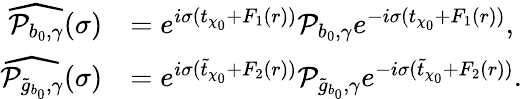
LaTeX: \begin{array}{rl}{\widehat{\mathcal{P}_{b_{0},\gamma}}(\sigma)}&{=e^{i\sigma(t_{\chi_{0}}+F_{1}(r))}\mathcal{P}_{b_{0},\gamma}e^{-i\sigma(t_{\chi_{0}}+F_{1}(r))},}\\ {\widehat{\mathcal{P}_{\tilde{g}_{b_{0}},\gamma}}(\sigma)}&{=e^{i\sigma(\tilde{t}_{\chi_{0}}+F_{2}(r))}\mathcal{P}_{\tilde{g}_{b_{0}},\gamma}e^{-i\sigma(\tilde{t}_{\chi_{0}}+F_{2}(r))}.}\end{array}